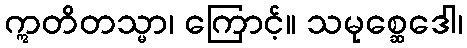
ဣတိတသ္မာ၊ ကြောင့်။ သမုစ္ဆေဒေါ၊